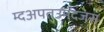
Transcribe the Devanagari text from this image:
म्दअपतउमदजंस